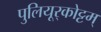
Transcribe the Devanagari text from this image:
पुलियूर्‌कोट्टम्